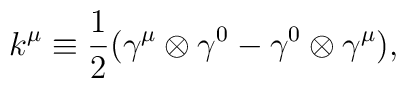
k^{\mu} \equiv \frac{1}{2} ({\gamma}^{\mu} \otimes {\gamma}^0- {\gamma}^0 \otimes {\gamma}^{\mu} ),